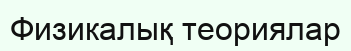
Физикалық теориялар